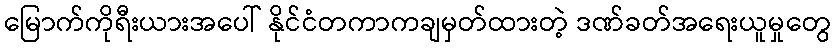
မြောက်ကိုရီးယားအပေါ် နိုင်ငံတကာကချမှတ်ထားတဲ့ ဒဏ်ခတ်အရေးယူမှုတွေ